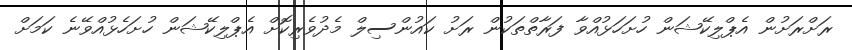
ރަށްރަށުން އެޕްލިކޭޝަން ހުށަހަޅުއްވާ ފަރާތްތަކުން ރަށު ކައުންސިލް މެދުވެރިކޮށް އެޕްލިކޭޝަން ހުށަހެޅުއްވޭނެ ކަމަށް